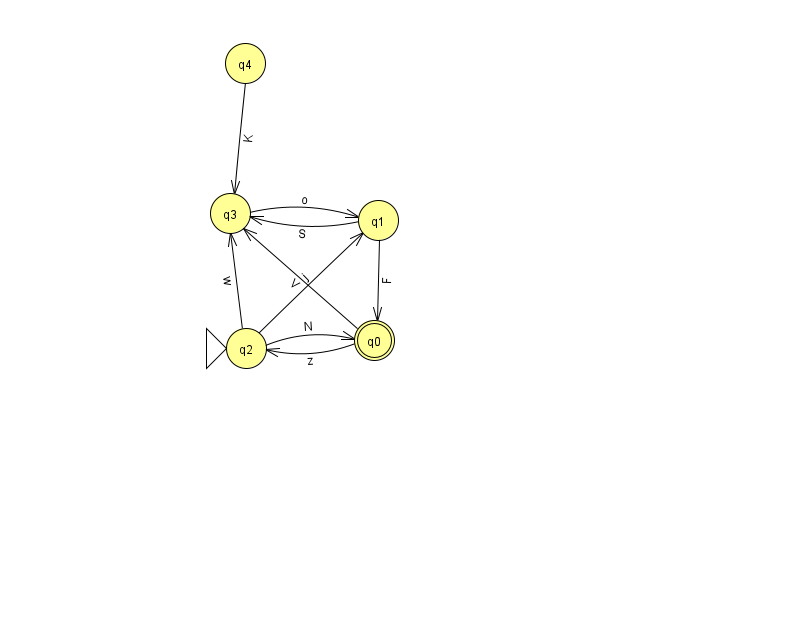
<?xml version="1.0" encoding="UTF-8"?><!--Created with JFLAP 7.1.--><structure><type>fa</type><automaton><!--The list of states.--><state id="0" name="q0"><x>374.0</x><y>327.0</y><final/></state><state id="1" name="q1"><x>378.0</x><y>207.0</y></state><state id="2" name="q2"><x>246.0</x><y>335.0</y><initial/></state><state id="3" name="q3"><x>230.0</x><y>200.0</y></state><state id="4" name="q4"><x>245.0</x><y>50.0</y></state><!--The list of transitions.--><transition><from>2</from><to>1</to><read>j</read></transition><transition><from>0</from><to>3</to><read>V</read></transition><transition><from>3</from><to>1</to><read>o</read></transition><transition><from>4</from><to>3</to><read>K</read></transition><transition><from>2</from><to>3</to><read>w</read></transition><transition><from>0</from><to>2</to><read>z</read></transition><transition><from>1</from><to>3</to><read>S</read></transition><transition><from>2</from><to>0</to><read>N</read></transition><transition><from>1</from><to>0</to><read>F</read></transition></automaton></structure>